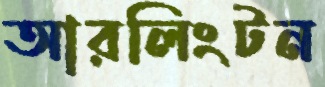
আরলিংটন